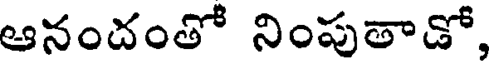
ఆనందంతో నింపుతాడో,